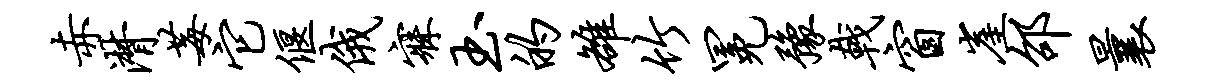
赤潸莓它偃俄寐玉的雒竹冕豫戟窗崖邵曩